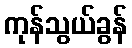
ကုန်သွယ်ခွန်